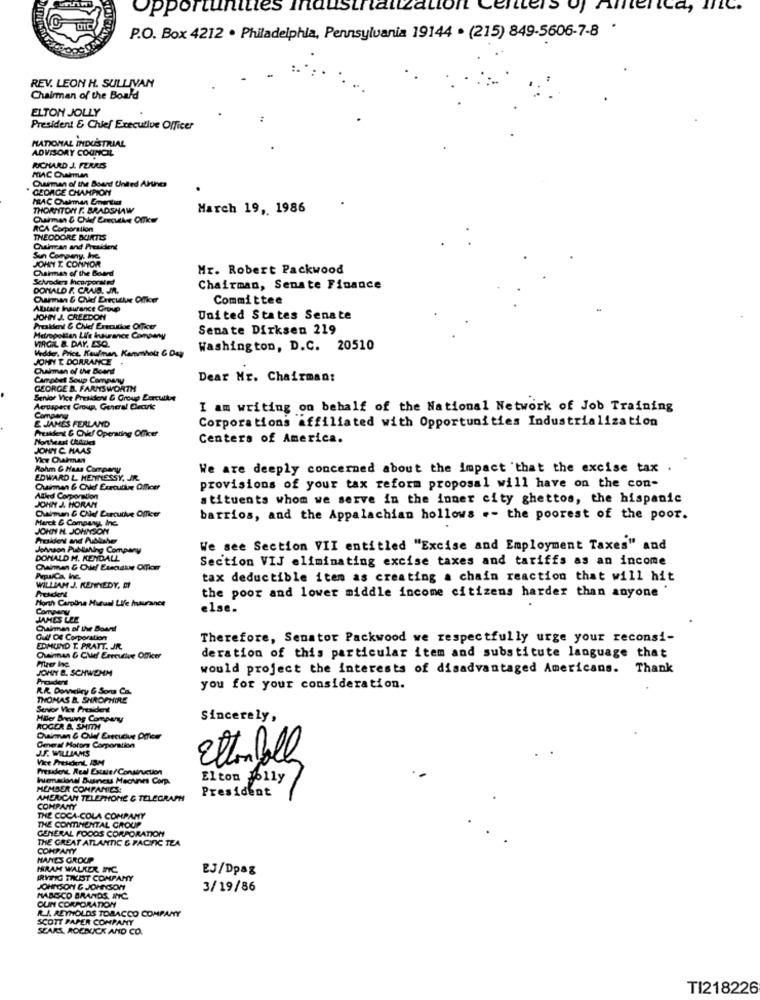
Opportunities inaustrali
esttels
ofAmerica, ItC.
P.O. Box 4212 . Philadelphia, Pennsylvania 19144 . (215) 849-5606-7-8 .
REV. LEON H. SULLIVAN
Chairman of the Board
ELTON JOLLY
President & Chief Executive Officer
MATIONAL INDUSTRIAL
ADVISORY COUNCIL
RICHARD J. FERAIS
MAC Quarman
Quinman of the Board United Altines
GEORGE CHAMPION
THORNTON F. BRADSHAW
March 19, 1986
Cuirman & Chief Executive Offker
RCA Corporation
THEODORE BUNTES
Chairman and President
Sun Company, Inc.
JOHN T. CONNOR
Chaines of the Board
Mr. Robert Packwood
Schroders Incorporated
DONALD F. CRAJS. JR.
Chairman, Senate Finance
Ourman & Chief Executive Officer
Committee
Allstate Insurance Group
JOHN J. CREEDON
United States Senate
Pruskent & Chief Executive Officer
Senate Dirksen 219
Metropolitan Life Insurance Company
VIRGIL &. DAY, ESQ.
Vedder, Price. Kaufman. Kammholz & Day
Washington, D.C. 20510
JOHN T DORRANCE
Chrainnan of the Board
Campbel Soup Company
Dear Mr. Chairman:
GEORGE B. FARNSWORTH
Senior Vice President & Group Borcutlse
Acruspect Group, General Decuke
I am writing on behalf of the National Network of Job Training
E JAMES FERLAND
Compan
Corporations affiliated with Opportunities Industrialization
President & Chief Operating Officer
Centers of America.
JOHN C. HAAS
Rohm & Haas Company
We are deeply concerned about the impact that the excise tax .
EDWARD L HENNESSY, JR.
Ouinnen & CNo Executive Officer
provisions of your tax reform proposal will have on the con-
JOHN J. HORAN
Attled Corporation
stituents whom we serve in the inner city ghettos, the hispanic
Chairman & Chief Executive Officer
Merck & Company, Inc.
barrios, and the Appalachian hollows .- the poorest of the poor.
JOHN HL. JOHNSON
President and Publisher
Johnson Publishing Company
We see Section VII entitled "Excise and Employment Taxes" and
DONALD M. KENDALL
Section VIJ eliminating excise taxes and tariffs as an income
PepsiCa, Inc.
tax deductible iten as creating a chain reaction that will hit
President
WILLIAM J. KENNEDY. EY
the poor and lower middle income citizens harder than anyone
North Carolina Mutual Life hauranes
else.
JAMES LEE
Chairman of the Boardl
Gulf Of Corporation
Therefore, Senator Packwood we respectfully urge your reconsi-
EDMUND T. PRATT. J.R.
Chinan & Chief Erreurtue Officer
deration of this particular item and substitute language that
JOHN B. SCHWEMM
would project the interests of disadvantaged Americans. Thank
Prouder
R.R. Dorvieliry & Sons Ca.
you for your consideration.
THOMAS &. SHROPHIRE
Senior Vice President
Hiler Brewing Company
Sincerely,
ROGER A. SMITH
General Motors Corporation
J.F. WILLIAMS
Vice President, IBM
EttemBall
President Real Estate/Construction
henacional Buneu Machines Corp.
Elton Molly
MEMBER COMPANIES!
AMERICAN TELEPHONE & TELEGRAPH
President
COMPANY
THE COCA-COLA COMPANY
THE CONTINENTAL GROUP
GENERAL FOODS CORPORATION
THE GREAT ATLANTIC & PACIFIC TEA
COMPANY
HANES GROUP
IRAM WALKER INC.
EJ/Dpag
IRVITIG TRUST COMPANY
JOHNSON & JOHNSON
3/19/86
MARGCO BRANDS, INC.
OUN CORPORATION
R.J. REYNOLDS TOBACCO COMPANY
SCOTT PAPER COMPANY
SEARS, ROEBUCK AND CO.
TI218226